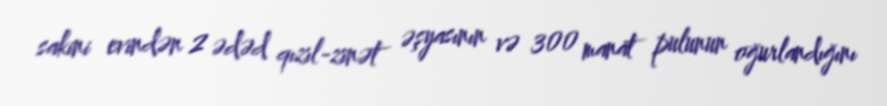
sakini evindən 2 ədəd qızıl-zinət əşyasının və 300 manat pulunun oğurlandığını